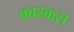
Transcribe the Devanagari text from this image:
क्वरकस